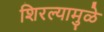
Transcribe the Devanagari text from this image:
शिरल्यामुळे